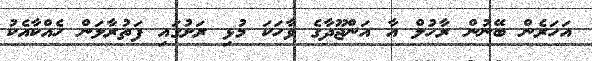
އަހަރެން ބޭނުން ރާހުލް އާ އަންޖޫދާގެ ވާހަކަ މުޅި ރަށުގައި ފަތުރާލަން ހެއްކާއެކު